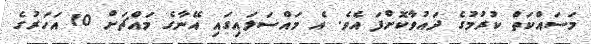
މަސައްކަތް ކުރުމުގެ ދައުވާކޮށްފަ އެވެ. އެ މައްސަލައިގައި އޭނާގެ މައްޗަށް 10 އަހަރުގެ